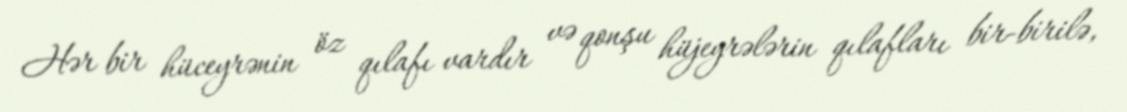
Hər bir hüceyrənin öz qılafı vardır və qonşu hüjeyrələrin qılafları bir-birilə,